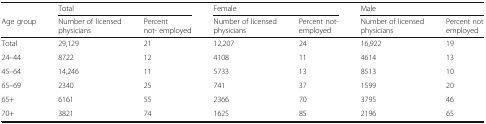
|  | <COLSPAN=2> Total | <COLSPAN=2> Female | <COLSPAN=2> Male |
 | Age group | Number of licensed physicians | Percent not- employed | Number of licensed physicians | Percent not- employed | Number of licensed physicians | Percent not employed |
 | --- | --- | --- | --- | --- | --- | --- |
 | Total | 29,129 | 21 | 12,207 | 24 | 16,922 | 19 |
 | 24–44 | 8722 | 12 | 4108 | 11 | 4614 | 13 |
 | 45–64 | 14,246 | 11 | 5733 | 13 | 8513 | 10 |
 | 65–69 | 2340 | 25 | 741 | 37 | 1599 | 20 |
 | 65+ | 6161 | 55 | 2366 | 70 | 3795 | 46 |
 | 70+ | 3821 | 74 | 1625 | 85 | 2196 | 65 |